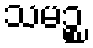
သမဉ္စ